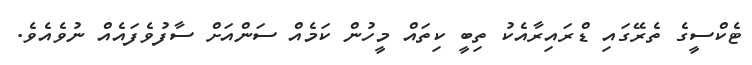
ޓެކްސީގެ ތެރޭގައި ޑްރައިރާއެކު ތިބީ ކިތައް މީހުން ކަމެއް ސަންއަށް ސާފުވެފައެއް ނުވެއެވެ.